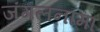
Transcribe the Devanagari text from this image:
जंगलनामा